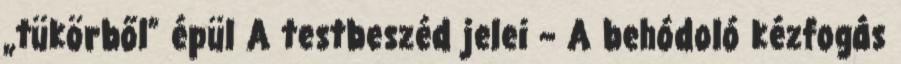
„tükörből” épül A testbeszéd jelei – A behódoló kézfogás